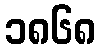
၁၈၆၈